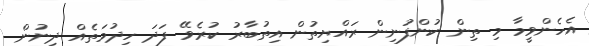
އެހެންވީމާ މި ތިން ކުންފުނިން ރައްޔިތުން އިތުބާރު ކުރެވޭ ފަދަ ހިދުމަތެއް ދިނުން